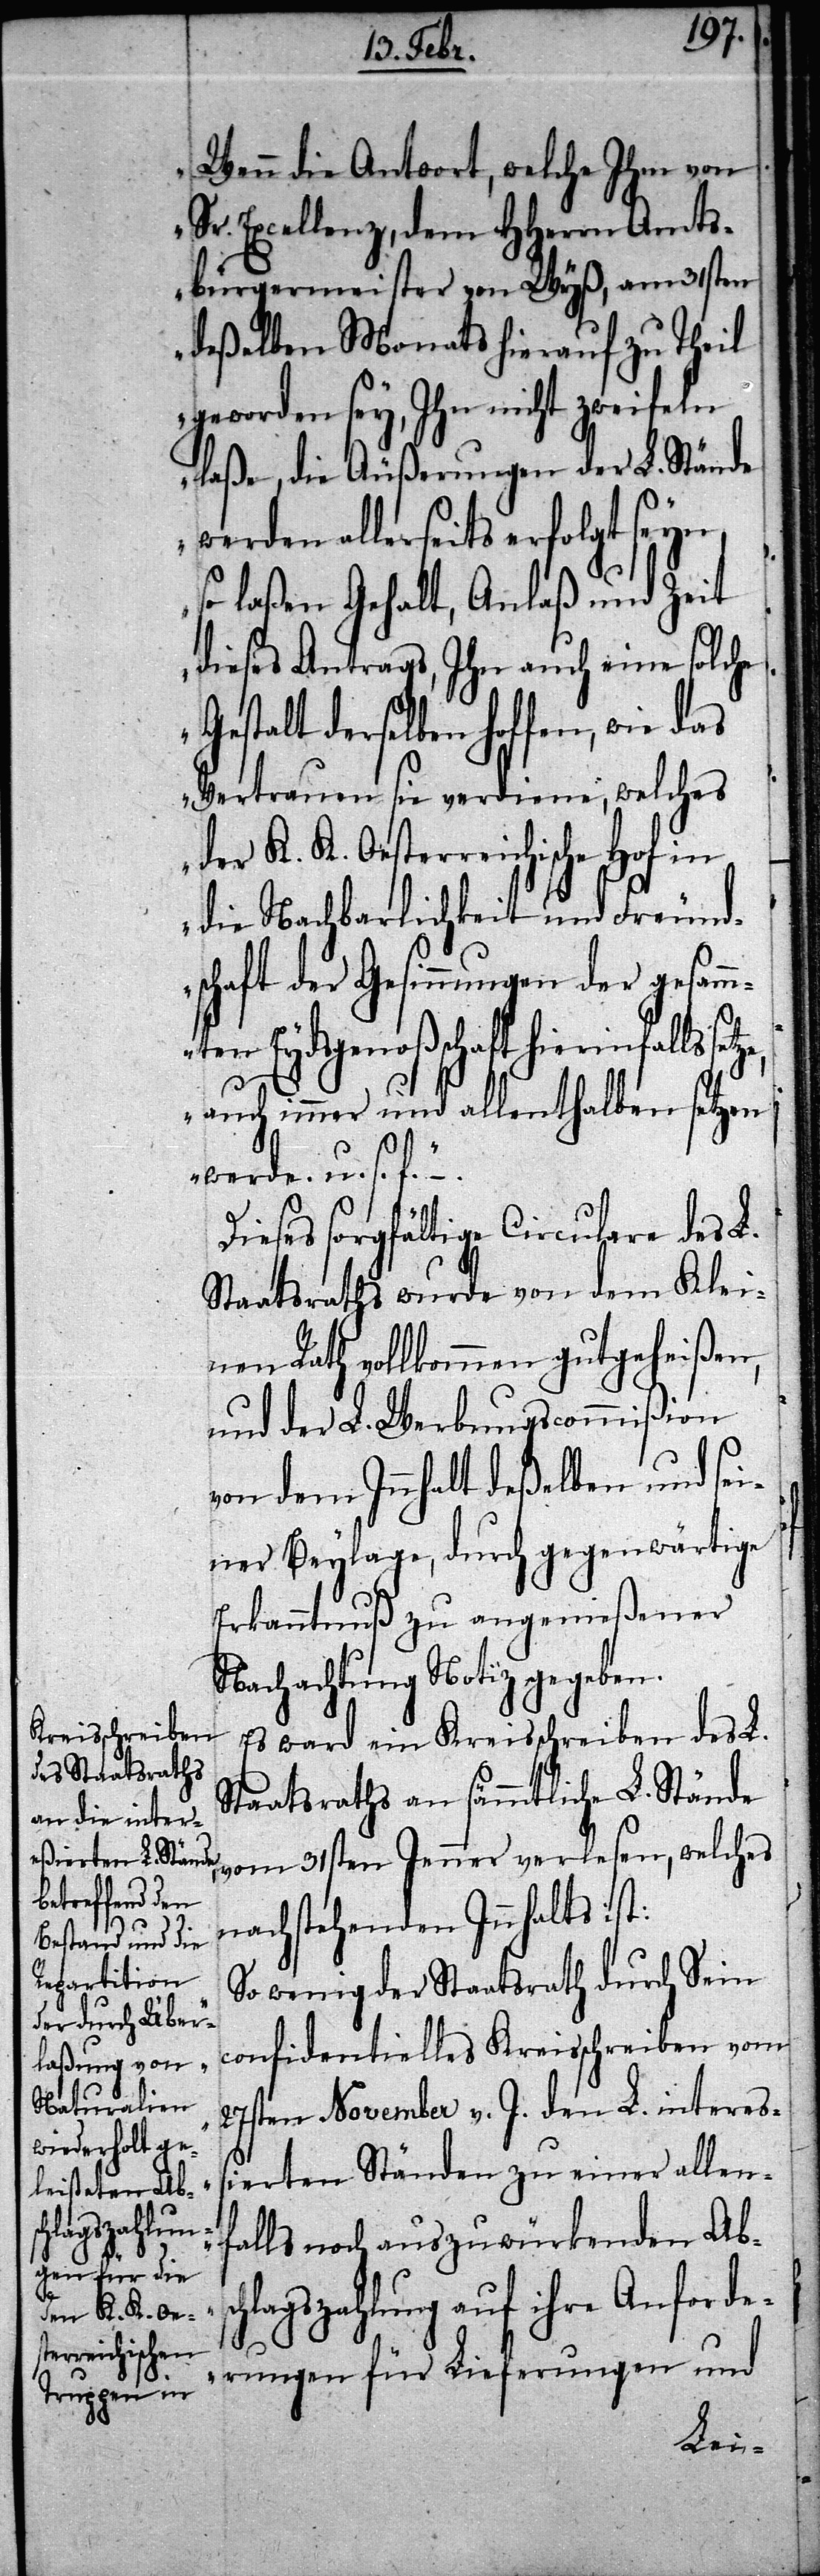
Wenn die Antwort, welche Ihm von
Sr. Excellenz, dem HHerrn Amts¬
bürgermeister von Wyß, am 31sten
deßelben Monats hierauf zu Theil
geworden sey, Ihn nicht zweifeln
laße, die Äußerungen der L. Stände
werden allerseits erfolgt seyn,
so laßen Gehalt, Anlaß und Zeit
dieses Antrags, Ihn auch eine solche
Gestalt derselben hoffen, wie das
Vertrauen sie verdiene, welches
der K. K. Oesterreichische Hof in
die Nachbarlichkeit und Freund¬
schaft der Gesinnungen der gesamm¬
ten Eydsgenoßschaft hierinfalls
auch immer und allenthalben setzen
werde. u. s. f.“ –
Dieses sorgfältige Circulare des L.
Staatsraths wurde von dem Klei¬
nen Rath vollkommen gutgeheißen,
und der L. Werbungscommißion
von dem Innhalt deßelben und sei¬
ner Beylage, durch gegenwärtige
Erkanntnuß zu angemeßener
Nachachtung Notiz gegeben.
Es ward ein Kreisschreiben des L.
Staatsraths an sämmtliche L. Stände
vom 31sten Jenner verlesen, welches
nachstehenden Innhalts ist:
wenig der Staatsrath durch Sein
confidentielles Kreisschreiben vom
27sten November v. J. den L. intereß¬
ierten Ständen zu einer allen¬
falls noch auszuwürkenden Absc¬
hlagszahlung auf ihre Anforde¬
rungen für Lieferungen und